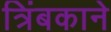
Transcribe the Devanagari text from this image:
त्रिंबकाने